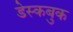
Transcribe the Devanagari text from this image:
डेस्कबुक